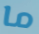
ما